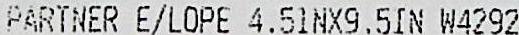
PARTNER E/LOPE 4.51NX9.5IN W4292